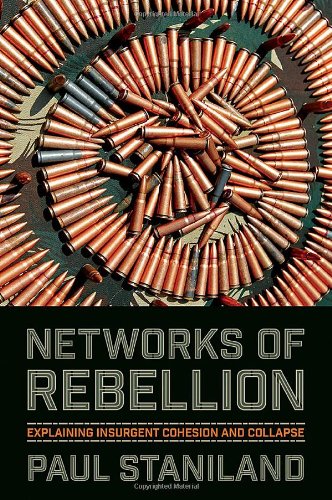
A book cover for Networks of Rebellion: Explaining Insurgent Cohesion and Collapse (Cornell Studies in Security Affairs); Paul Staniland; History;